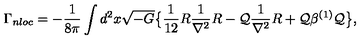
\Gamma _ { n l o c } = - { \frac { 1 } { 8 \pi } } \int d ^ { 2 } x \sqrt { - G } \big \{ { \frac { 1 } { 1 2 } } R { \frac { 1 } { \nabla ^ { 2 } } } R - { \cal Q } { \frac { 1 } { \nabla ^ { 2 } } } R + { \cal Q } \beta ^ { ( 1 ) } { \cal Q } \big \} ,